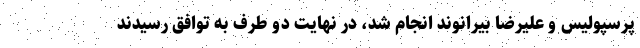
پرسپولیس و علیرضا بیرانوند انجام شد، در نهایت دو طرف به توافق رسیدند